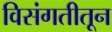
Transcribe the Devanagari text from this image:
विसंगतीतून